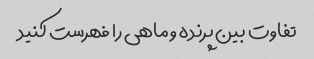
تفاوت بین پرنده و ماهی را فهرست کنید